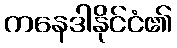
ကနေဒါနိုင်ငံ၏